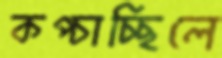
কপ্‌চাচ্ছিলে